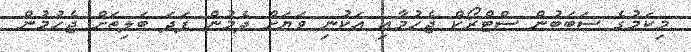
މިކަމުގެ ސަބަބުން ސްޓްރޯކް ޖެހުމާއި އަކުނި ވަޔަށް ދެމުން ފަދަ ބަލިތަށް ޖެހުމުން